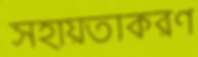
সহায়তাকরণ